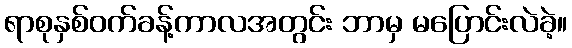
ရာစုနှစ်ဝက်ခန့်ကာလအတွင်း ဘာမှ မပြောင်းလဲခဲ့။